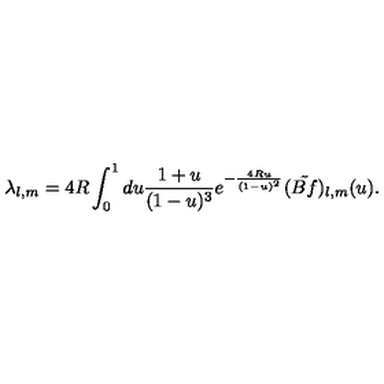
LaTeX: \lambda _ { l , m } = 4 R \int _ { 0 } ^ { 1 } d u \frac { 1 + u } { ( 1 - u ) ^ { 3 } } e ^ { - \frac { 4 R u } { ( 1 - u ) ^ { 2 } } } ( \tilde { B f } ) _ { l , m } ( u ) .